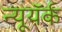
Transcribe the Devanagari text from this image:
न्यूयॅर्क